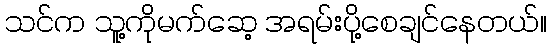
သင်က သူ့ကိုမက်ဆေ့ အရမ်းပို့စေချင်နေတယ်။